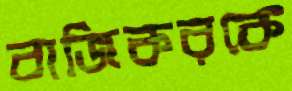
বাজিকরকে